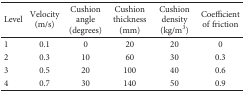
| Level | Velocity (m/s) | Cushion angle (degrees) | Cushion thickness (mm) | Cushion density (kg/m3) | Coefficient of friction |
 | --- | --- | --- | --- | --- | --- |
 | 1 | 0.1 | 0 | 20 | 20 | 0 |
 | 2 | 0.3 | 10 | 60 | 30 | 0.3 |
 | 3 | 0.5 | 20 | 100 | 40 | 0.6 |
 | 4 | 0.7 | 30 | 140 | 50 | 0.9 |